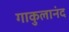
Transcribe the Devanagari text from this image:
गाकुलानंद